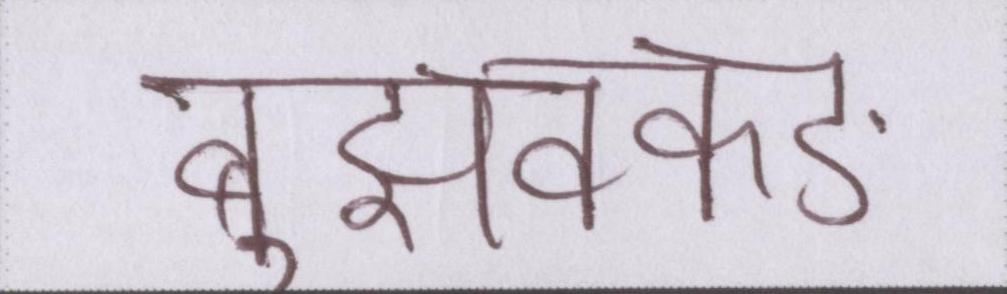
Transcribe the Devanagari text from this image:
बुझक्कङ